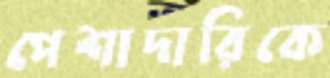
পেশাদারিকে